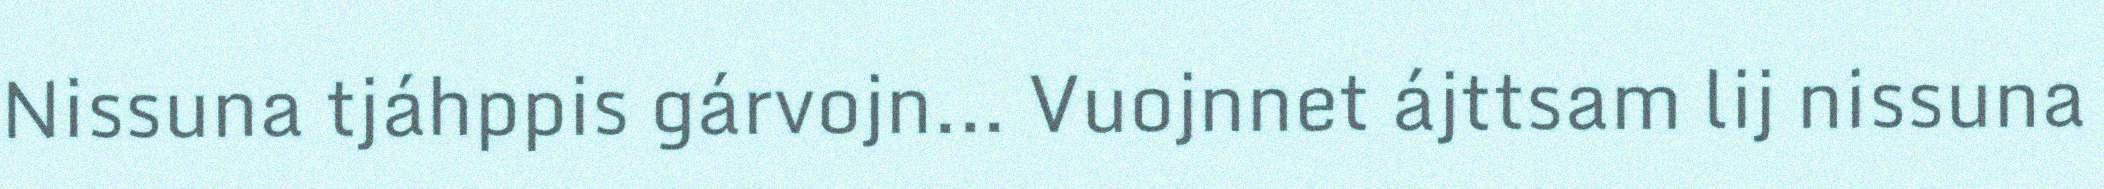
Nissuna tjáhppis gárvojn... Vuojnnet ájttsam lij nissuna